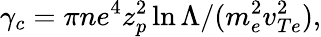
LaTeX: \gamma_{c}=\pi ne^{4}z_{p}^{2}\ln{\Lambda}/(m_{e}^{2}v_{Te}^{2}),